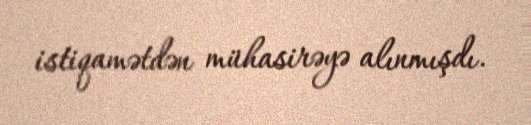
istiqamətdən mühasirəyə alınmışdı.